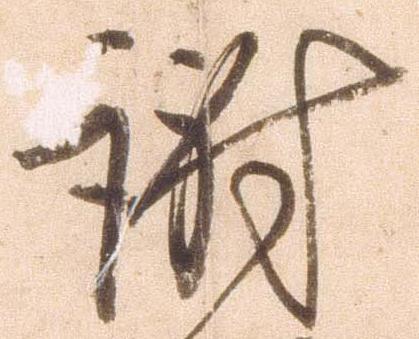
謝